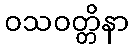
ဝသဝတ္တိနာ